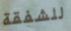
للشفقة